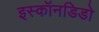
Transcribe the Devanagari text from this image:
इस्कॉनडिडो